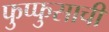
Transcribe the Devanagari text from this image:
फुप्फुसाची